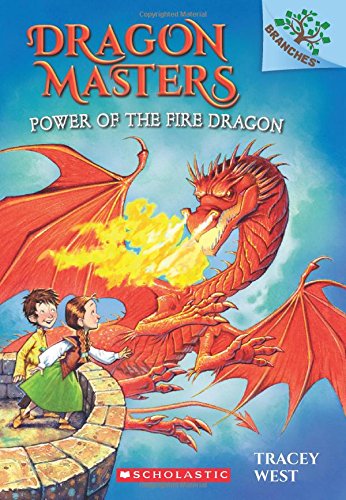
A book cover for Power of the Fire Dragon: A Branches Book (Dragon Masters #4); Tracey West; Children's Books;